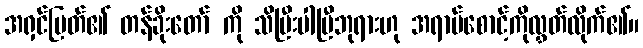
အရှင်မြတ်၏ တန်ခိုးတော် ကို သိပြီးပါပြီဘုရားဟု အရာမ်စောင့်ကိုလွှတ်လိုက်၏။